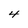
Character: 4